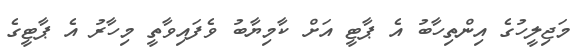
މަޖިލީހުގެ އިންތިހާބު އެ ޕާޓީ އަށް ކާމިޔާބު ވެފައިވާތީ މިހާރު އެ ޕާޓީގެ